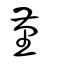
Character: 菫